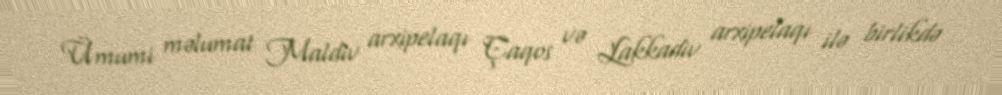
Ümumi məlumat Maldiv arxipelaqı Çaqos və Lakkadiv arxipelaqı ilə birlikdə